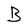
Character: B